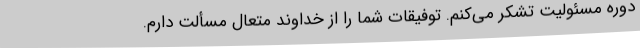
دوره مسئولیت تشکر می‌کنم. توفیقات شما را از خداوند متعال مسألت دارم.